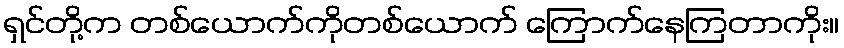
ရှင်တို့က တစ်ယောက်ကိုတစ်ယောက် ကြောက်နေကြတာကိုး။